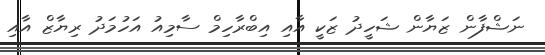
ނަޝްފާން ޒަޔާން ޝަހީދު ޒަކީ އާއި އިބްރާހިމް ސާމިއު އަހުމަދު ރިޔާޒް އާއި